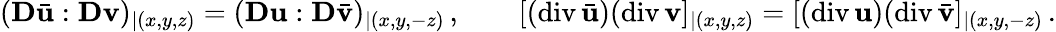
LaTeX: ({\mathbf D}\bar{\mathbf u}:{\mathbf D}{\mathbf v})_{|(x,y,z)}=({\mathbf D}{\mathbf u}:{\mathbf D}\bar{\mathbf v})_{|(x,y,-z)}\, ,\qquad[(\mathrm{div}\, \bar{\mathbf u})(\mathrm{div}\, {\mathbf v}]_{|(x,y,z)}=[(\mathrm{div}\, {\mathbf u})(\mathrm{div}\, \bar{\mathbf v}]_{|(x,y,-z)}\, .